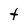
Character: T